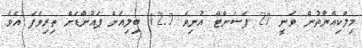
މިލްކިއްޔާތުން ވަނީ 27 ޕަސެންޓް އުނިވެ 12.7 ބިލިއަން ޕައުންޑަށް ތިރިވެފަ އެވެ.